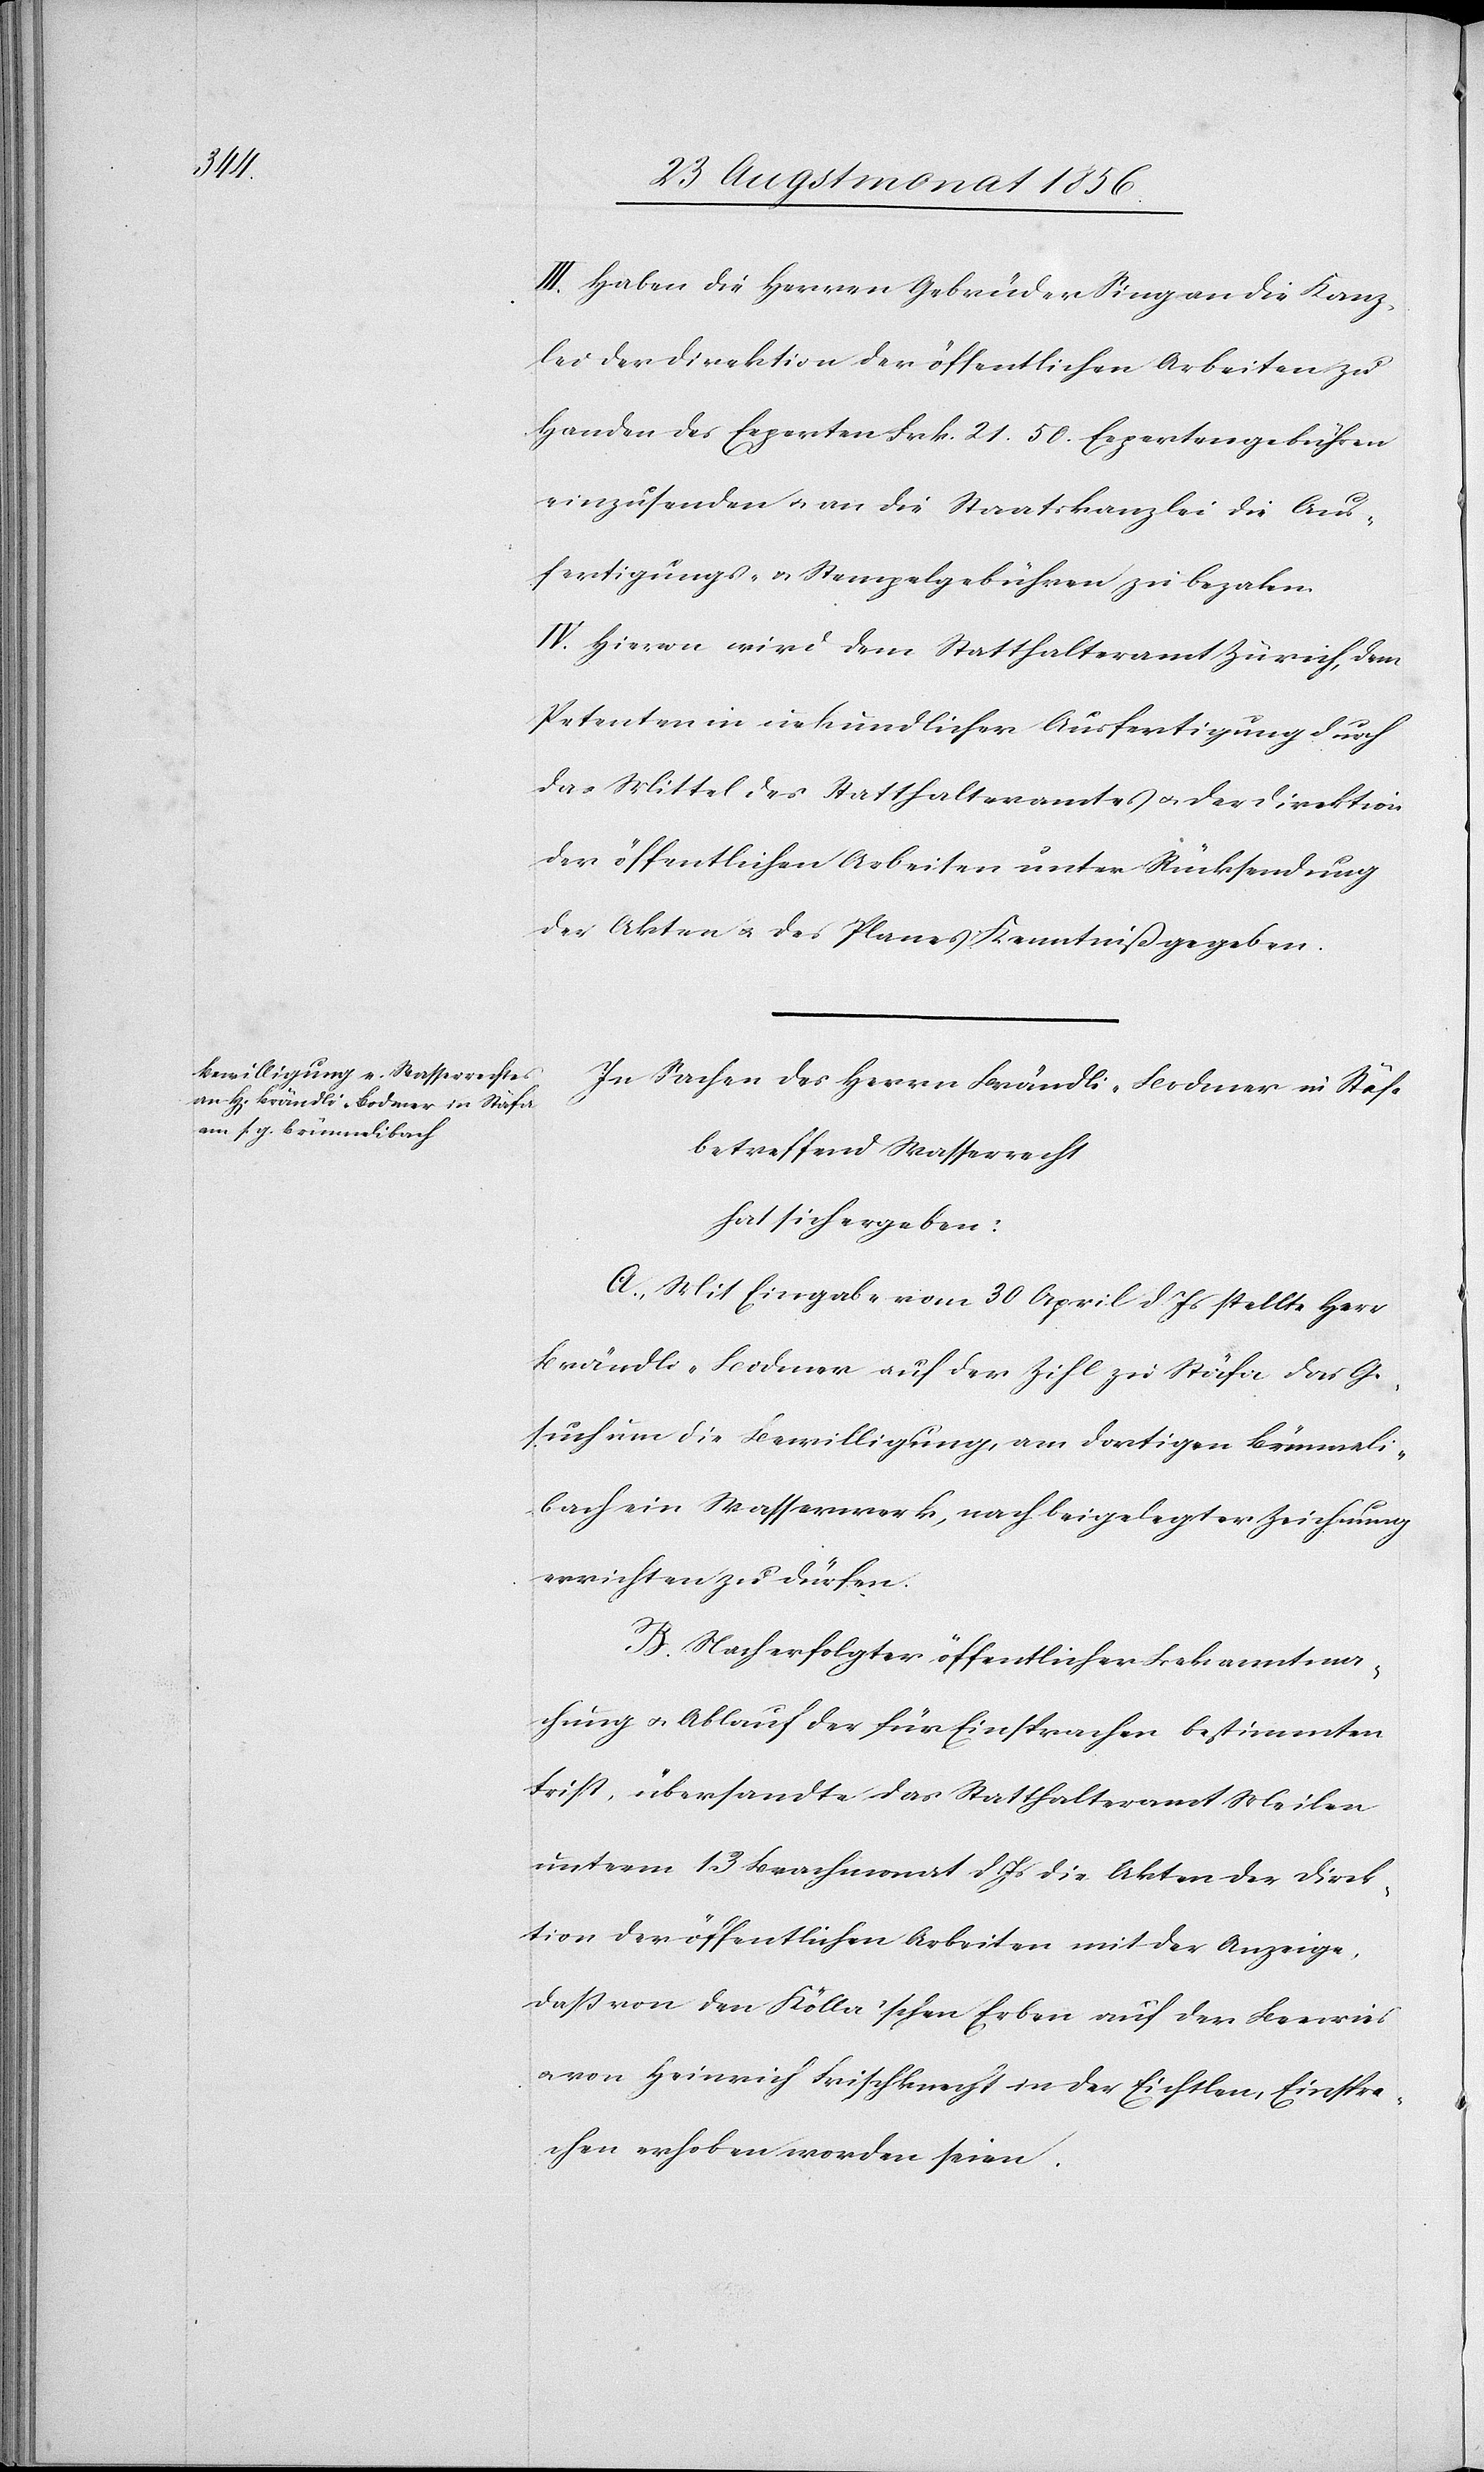
III.) Haben die Herren Gebrüder Sing an die Kanz¬
lei der Direktion der öffentlichen Arbeiten zu
Handen des Experten Frk. 21. 50. Expertengebühren
einzusenden u. an die Staatskanzlei die Aus¬
fertigungs- u. Stempelgebühren zu bezalen.
IV.) Hievon wird dem Statthalteramt Zürich, dem
Petenten in urkundlicher Ausfertigung durch
das Mittel des Statthalteramtes u. der Direktion
der öffentlichen Arbeiten unter Rücksendung
der Akten u. des Planes Kenntniß gegeben.
In Sachen des Herrn Brändli-Bodmer in Stäfa
betreffend Wasserrecht
hat sich ergeben:
A.) Mit Eingabe vom 30 April d. Js stellte Herr
Brändli-Bodmer auf der Zihl zu Stäfa das Ge¬
such um die Bewilligung, am dortigen Brünneli¬
bach ein Wasserwerk, nach beigelegter Zeichnung
errichten zu dürfen.
B.) Nach erfolgter öffentlicher Bekanntma¬
chung u. Ablauf der für Einsprachen bestimmten
Frist, übersandte das Statthalteramt Meilen
unterm 13 Brachmonat d Js die Akten der Direk¬
tion der öffentlichen Arbeiten mit der Anzeige,
dass von den Kölla'schen Erben auf der Beewies
u. von Heinrich Frischknecht in der Eichtlen, Einspra¬
chen erhoben worden seien.